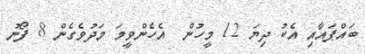
ބައްޕައާއި އެކު ދިޔަ 12 މީހުން  އެހެންވީމަ މަދުވެގެން 8 ފޯނު